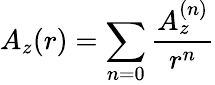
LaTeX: A_{z}(r)=\sum_{n=0}\frac{A_{z}^{(n)}}{r^{n}}